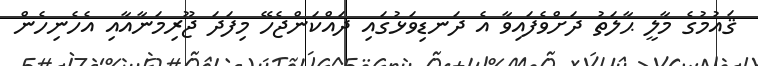
ޤައުމުގެ މާލީ ޙާލަތު ދަށްވެފައިވާ އެ ދަނޑިވަޅުގައި ދައްކަންޖެހޭ މިފަދަ ޖޫރިމަނާއާއި އެހެނިހެން